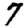
Digit: 7